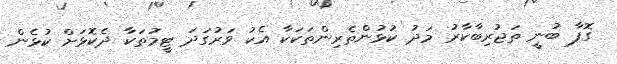
ގޮފާ ބުނީ ތަޖުރިބާކާރު މަދު ކުޅުންތެރިންތަކަކާ އެކު ވަރުގަދަ ޓީމުތަކާ ދެކޮޅަށް ކުޅެން